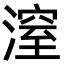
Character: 潌